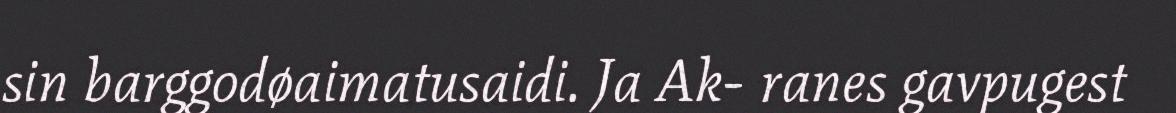
sin barggodøaimatusaidi. Ja Ak- ranes gavpugest